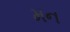
મન